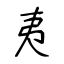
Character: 夷